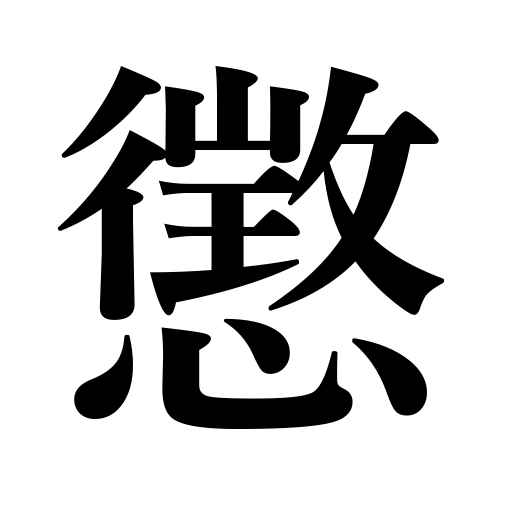
Meanings: learn by experience,chastise,discipline,punish,be disgusted with